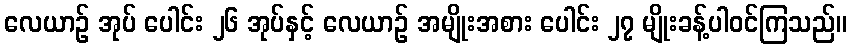
လေယာဉ် အုပ် ပေါင်း ၂၆ အုပ်နှင့် လေယာဉ် အမျိုးအစား ပေါင်း ၂၇ မျိုးခန့်ပါဝင်ကြသည်။